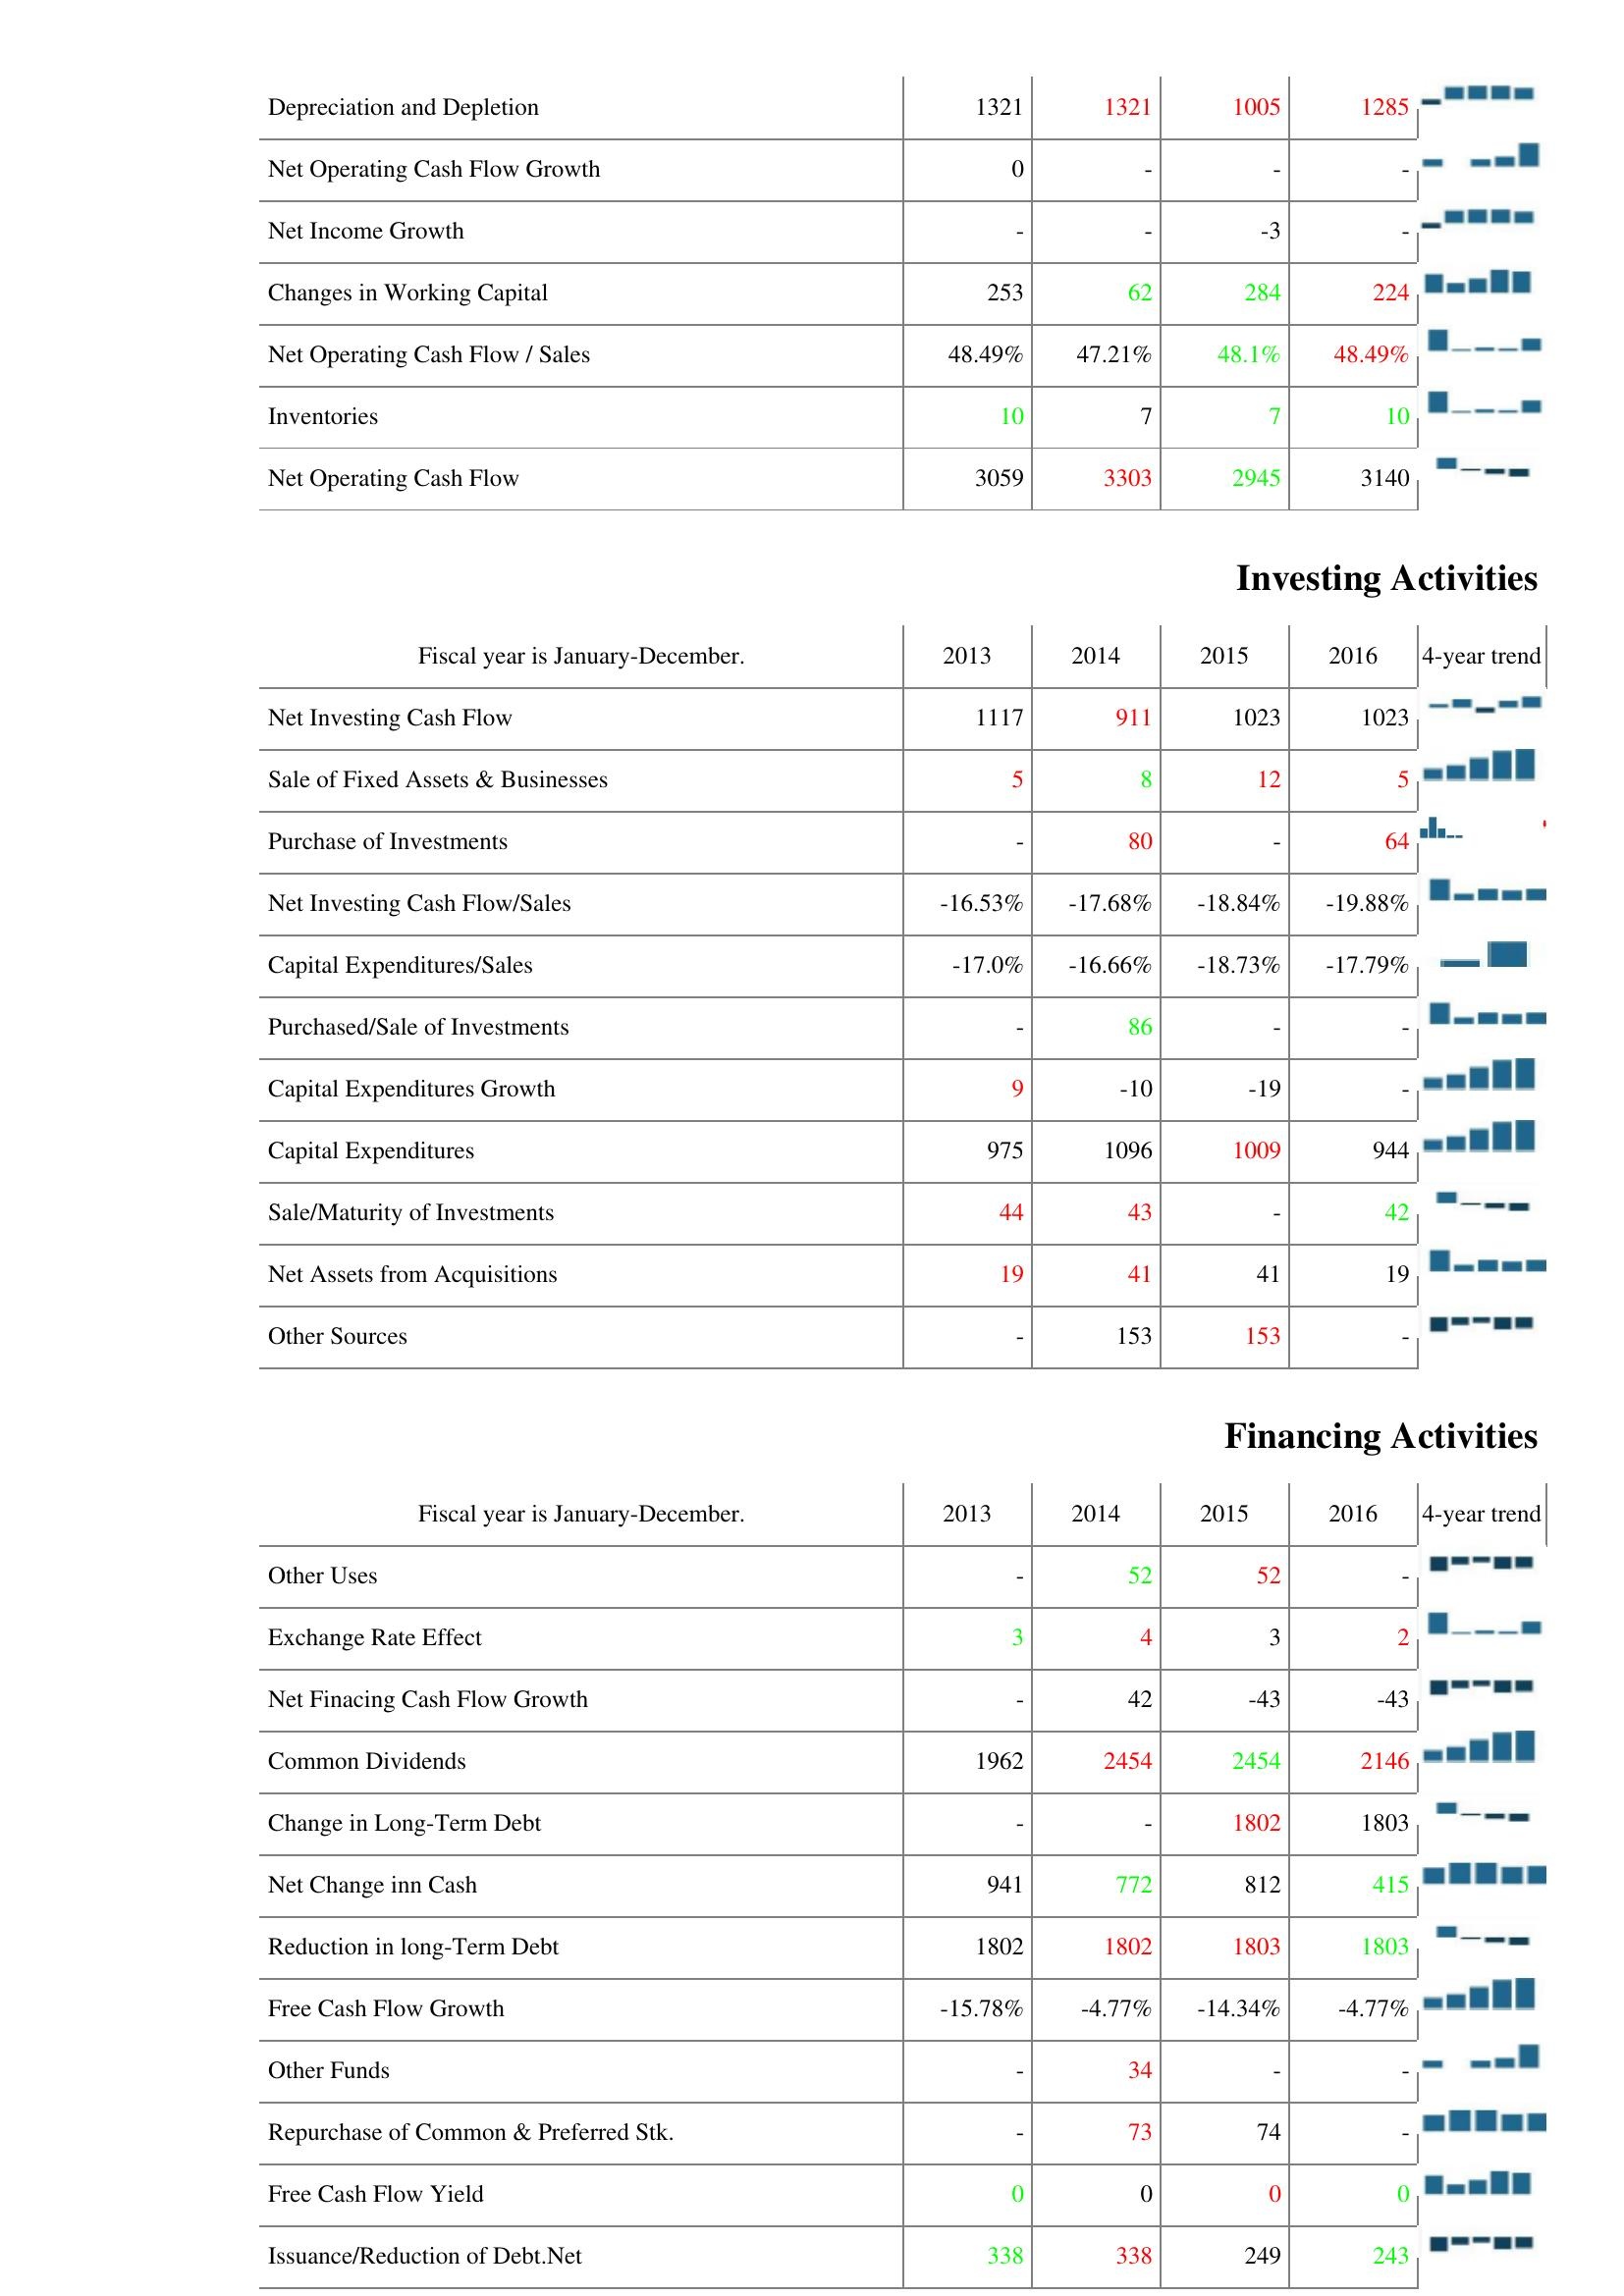
2013: Operating Activities: Depreciation and Depletion: 1321
Net Operating Cash Flow Growth: 0
Net Income Growth: -
Changes in Working Capital: 253
Net Operating Cash Flow / Sales: 48.49%
Inventories: 10
Net Operating Cash Flow: 3059
Investing Activities: Net Investing Cash Flow: 1117
Sale of Fixed Assets & Businesses: 5
Purchase of Investments: -
Net Investing Cash Flow/Sales: -16.53%
Capital Expenditures/Sales: -17.0%
Purchased/Sale of Investments: -
Capital Expenditures Growth: 9
Capital Expenditures: 975
Sale/Maturity of Investments: 44
Net Assets from Acquisitions: 19
Other Sources: -
Financing Activities: Other Uses: -
Exchange Rate Effect: 3
Net Finacing Cash Flow Growth: -
Common Dividends: 1962
Change in Long-Term Debt: -
Net Change inn Cash: 941
Reduction in long-Term Debt: 1802
Free Cash Flow Growth: -15.78%
Other Funds: -
Repurchase of Common & Preferred Stk.: -
Free Cash Flow Yield: 0
Issuance/Reduction of Debt.Net: 338
2014: Operating Activities: Depreciation and Depletion: 1321
Net Operating Cash Flow Growth: -
Net Income Growth: -
Changes in Working Capital: 62
Net Operating Cash Flow / Sales: 47.21%
Inventories: 7
Net Operating Cash Flow: 3303
Investing Activities: Net Investing Cash Flow: 911
Sale of Fixed Assets & Businesses: 8
Purchase of Investments: 80
Net Investing Cash Flow/Sales: -17.68%
Capital Expenditures/Sales: -16.66%
Purchased/Sale of Investments: 86
Capital Expenditures Growth: -10
Capital Expenditures: 1096
Sale/Maturity of Investments: 43
Net Assets from Acquisitions: 41
Other Sources: 153
Financing Activities: Other Uses: 52
Exchange Rate Effect: 4
Net Finacing Cash Flow Growth: 42
Common Dividends: 2454
Change in Long-Term Debt: -
Net Change inn Cash: 772
Reduction in long-Term Debt: 1802
Free Cash Flow Growth: -4.77%
Other Funds: 34
Repurchase of Common & Preferred Stk.: 73
Free Cash Flow Yield: 0
Issuance/Reduction of Debt.Net: 338
2015: Operating Activities: Depreciation and Depletion: 1005
Net Operating Cash Flow Growth: -
Net Income Growth: -3
Changes in Working Capital: 284
Net Operating Cash Flow / Sales: 48.1%
Inventories: 7
Net Operating Cash Flow: 2945
Investing Activities: Net Investing Cash Flow: 1023
Sale of Fixed Assets & Businesses: 12
Purchase of Investments: -
Net Investing Cash Flow/Sales: -18.84%
Capital Expenditures/Sales: -18.73%
Purchased/Sale of Investments: -
Capital Expenditures Growth: -19
Capital Expenditures: 1009
Sale/Maturity of Investments: -
Net Assets from Acquisitions: 41
Other Sources: 153
Financing Activities: Other Uses: 52
Exchange Rate Effect: 3
Net Finacing Cash Flow Growth: -43
Common Dividends: 2454
Change in Long-Term Debt: 1802
Net Change inn Cash: 812
Reduction in long-Term Debt: 1803
Free Cash Flow Growth: -14.34%
Other Funds: -
Repurchase of Common & Preferred Stk.: 74
Free Cash Flow Yield: 0
Issuance/Reduction of Debt.Net: 249
2016: Operating Activities: Depreciation and Depletion: 1285
Net Operating Cash Flow Growth: -
Net Income Growth: -
Changes in Working Capital: 224
Net Operating Cash Flow / Sales: 48.49%
Inventories: 10
Net Operating Cash Flow: 3140
Investing Activities: Net Investing Cash Flow: 1023
Sale of Fixed Assets & Businesses: 5
Purchase of Investments: 64
Net Investing Cash Flow/Sales: -19.88%
Capital Expenditures/Sales: -17.79%
Purchased/Sale of Investments: -
Capital Expenditures Growth: -
Capital Expenditures: 944
Sale/Maturity of Investments: 42
Net Assets from Acquisitions: 19
Other Sources: -
Financing Activities: Other Uses: -
Exchange Rate Effect: 2
Net Finacing Cash Flow Growth: -43
Common Dividends: 2146
Change in Long-Term Debt: 1803
Net Change inn Cash: 415
Reduction in long-Term Debt: 1803
Free Cash Flow Growth: -4.77%
Other Funds: -
Repurchase of Common & Preferred Stk.: -
Free Cash Flow Yield: 0
Issuance/Reduction of Debt.Net: 243